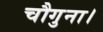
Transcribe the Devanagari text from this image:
चौगुना।